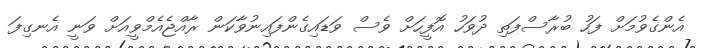
އެންގެވުމަށް ފަހު ބުރާސްފަތި ދުވަހު އޮފީހަށް ވެސް ވަޑައިގެންފައިނުވާކަން ރާއްޖެއެމްވީއަށް ވަނީ އެނގިފަ